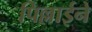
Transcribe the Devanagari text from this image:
पिल्लाईने